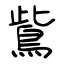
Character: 鴜